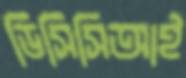
ডিসিসিআই